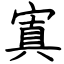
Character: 寘